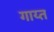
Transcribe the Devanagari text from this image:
गाय्त